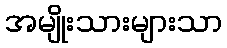
အမျိုးသားများသာ